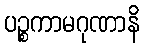
ပဉ္စကာမဂုဏာနိ